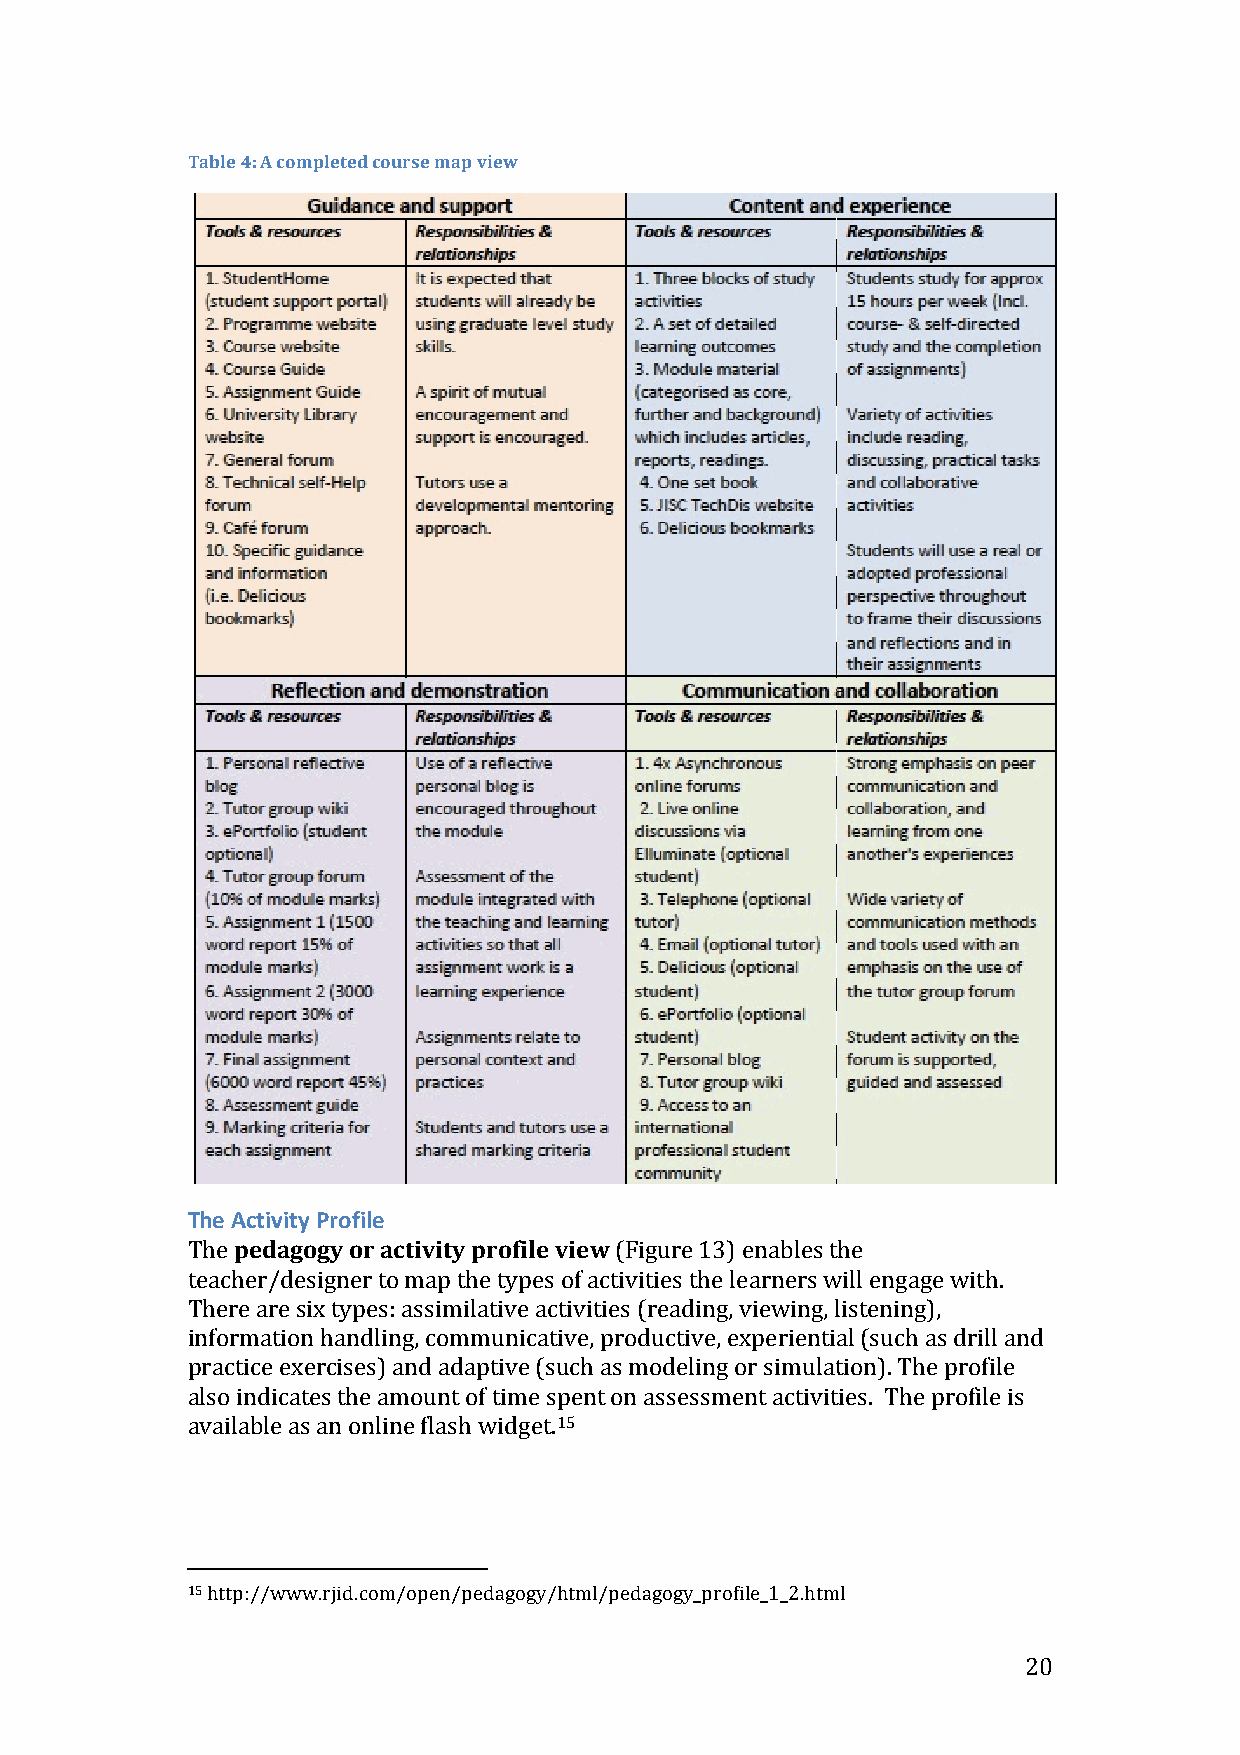
Table 4: A completed course map view
 The Activity Profile
 The pedagogy or activity profile view (Figure 13) enables the
 teacher/designer to map the types of activities the learners will engage with.
 There are six types: assimilative activities (reading, viewing, listening),
 information handling, communicative, productive, experiential (such as drill and
 practice exercises) and adaptive (such as modeling or simulation). The profile
 also indicates the amount of time spent on assessment activities. The profile is
 available as an online flash widget.15
 15 http://www.rjid.com/open/pedagogy/html/pedagogy_profile_1_2.html
 20